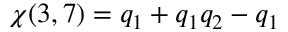
\chi ( 3 , 7 ) = q _ { 1 } + q _ { 1 } q _ { 2 } - q _ { 1 }